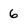
Character: 6